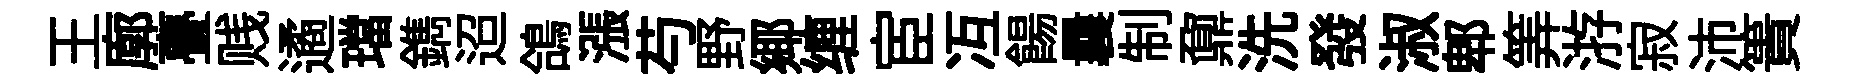
王廓亹贱遹璫鐫迢鴿漲芍野鄊缠宦冱餳曩制鼐洗發淑郫筭㳺寂沛簣